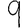
Digit: 9